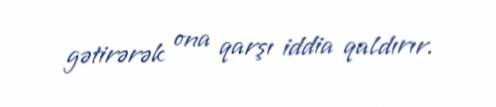
gətirərək ona qarşı iddia qaldırır.